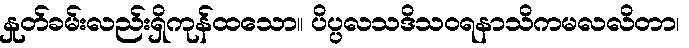
နှုတ်ခမ်းလည်းရှိကုန်ထသော။ ပိပ္ပလသဒိသဝရနာသိကမလလိတာ၊